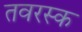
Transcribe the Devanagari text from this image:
तवरस्क